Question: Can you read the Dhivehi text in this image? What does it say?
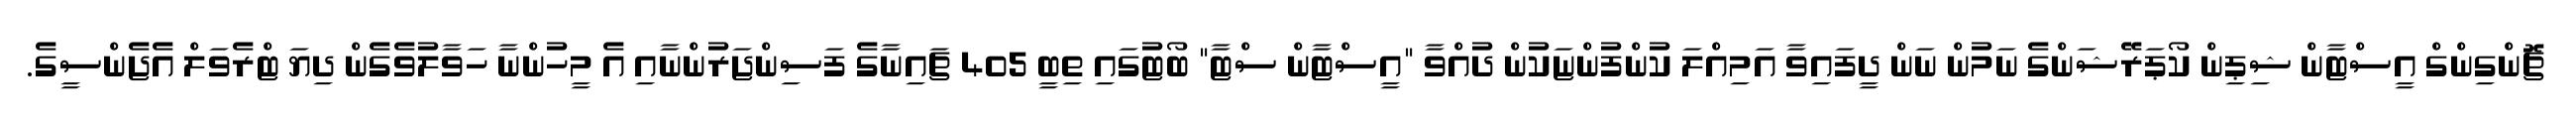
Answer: ޗޮންގިންގް އީސްޓާން ޝިޕިން ކޯޕަރޭޝަންގެ ނަމުން ނަން ދީފައިވާ އަމިއްލަ ކުންފުންޏަކުން ދުއްވާ "އީސްޓާން ސްޓާ" ބޯޓުގައި ތިބީ 405 ޗައިނާގެ ފަސިންޖަރުންނާއި އެ މީހުންނާ ހަވާލުވެގެން ދިޔަ ޓްރެވަލް އެޖެންސީގެ.